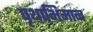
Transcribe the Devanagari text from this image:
वृथाभिमान